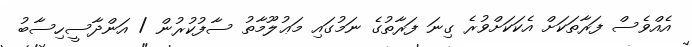
އެއްވެސް ފަރާތަކަށް އެކަކަށްވުރެ ގިނަ ފަރާތުގެ ނަމުގައި މަޢުލޫމާތު ސާފުކުރުން / އަންދާސީހިސާބު